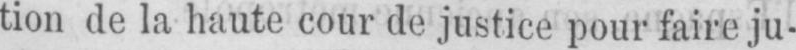
tion de la haute cour de justice pour faire ju-